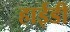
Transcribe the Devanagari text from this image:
हाईडी